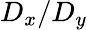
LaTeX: D_{x}/D_{y}